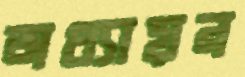
অধ্যায়ন